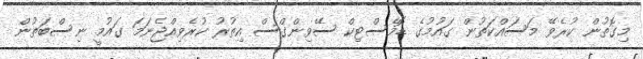
މިގޮތުން ކުރެވޭ މަސައްކަތުން ގައުމުގެ ޑޮމެސްޓިކް ސޭވިންގްސް އިތުރު ކުރެވިއްޖެނަމަ ގައުމީ ނިސްބަތުން